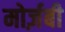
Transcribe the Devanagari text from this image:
मोर्ज़बी